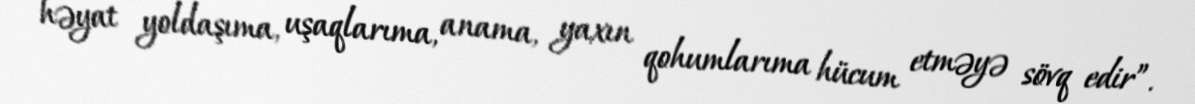
həyat yoldaşıma, uşaqlarıma, anama, yaxın qohumlarıma hücum etməyə sövq edir”.